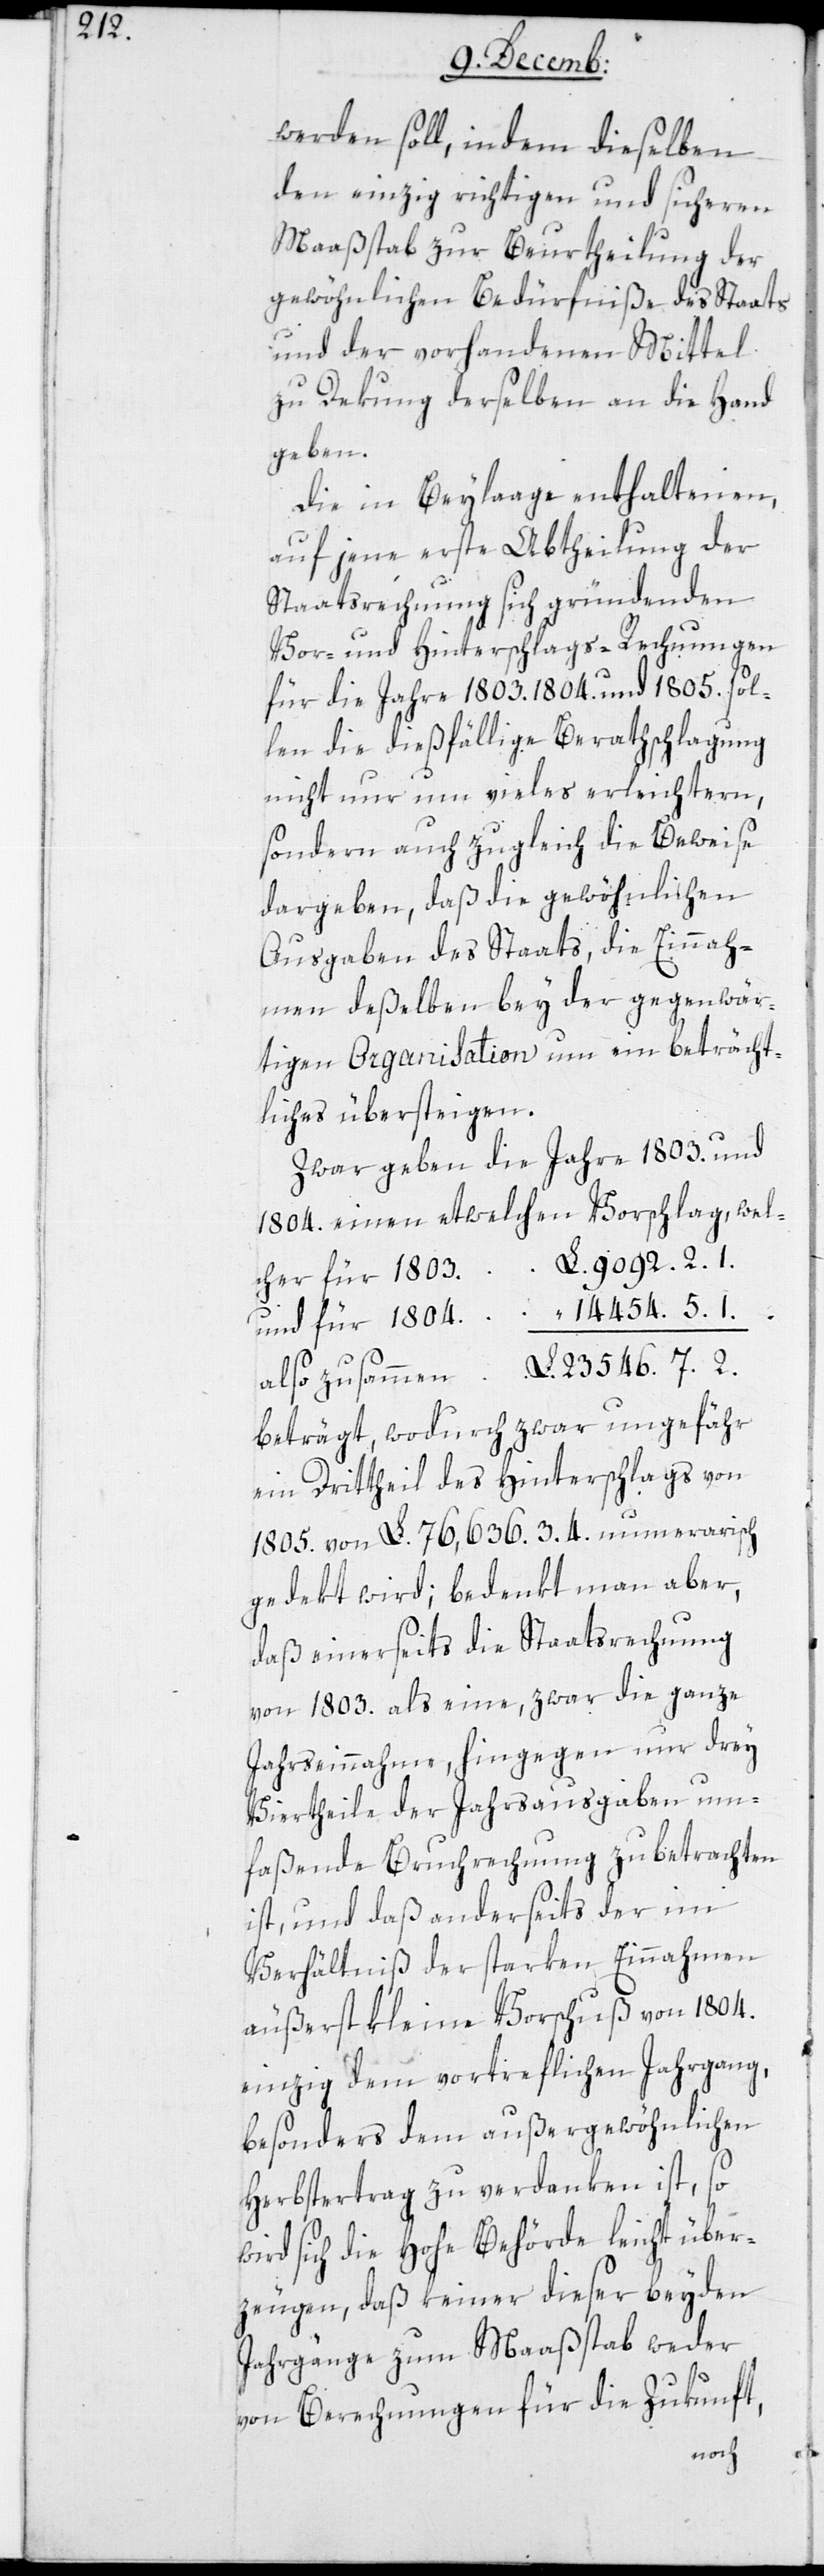
7. 2.

werden soll, indem dieselben
den einzig richtigen und sicheren
Maßstab zur Beurtheilung der
gewöhnlichen Bedürfniße des Staats
und der vorhandenen Mittel
zu Dekung derselben an die Hand
geben.
Die in Beylaage enthaltenen,
auf jene erste Abtheilung der
Staatsrechnung sich gründenden
Vor- und Hinterschlags-Rechnungen
für die Jahre 1803. 1804. und 1805. sol¬
len die dießfällige Berathschlagung
nicht nur um vieles erleichtern,
sondern auch zugleich die Beweise
dargeben, daß die gewöhnlichen
Ausgaben des Staats, die Einnah¬
men deßelben bey der gegenwär¬
tigen Organisation um ein beträcht¬
liches übersteigen.
Zwar geben die Jahre 1803. und
1804. einen etwelchen Vorschlag,
beträgt, wodurch zwar ungefähr
ein Drittheil des Hinterschlags von
1805. von L. 76 636.3.4. numerarisch
gedekt wird; bedenkt man aber,
daß einerseits die Staatsrechnung
von 1803. als eine, zwar die ganze
Jahreseinnahme, hingegen nur drey
Viertheile der Jahresausgaben um¬
faßende Bruchrechnung zu betrachten
ist, und daß anderseits der im
Verhältniß der starken Einnahmen
äußerst kleine Vorschuß von 1804.
einzig dem vortrefflichen Jahrgang,
besonders dem außergewöhnlichen
Herbstertrag zu verdanken ist, so
wird sich die hohe Behörde leicht über¬
zeugen, daß keiner dieser beyden
Jahrgänge zum Maaßstab weder
von Berechnungen für die Zukunft,